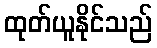
ထုတ်ယူနိုင်သည်